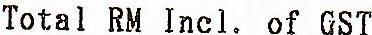
TOTAL RM INCL. OF GST